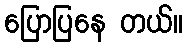
ပြောပြနေ တယ်။